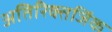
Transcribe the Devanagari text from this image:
अतिरिक्तजिंक